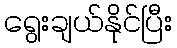
ရွေးချယ်နိုင်ပြီး